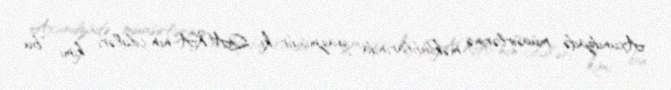
Axundzadə müasirlərinə məktublarında yazmışdır ki, QAKA-nın cildləri kimi "bu